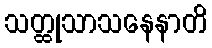
သတ္ထုသာသနေနာတိ